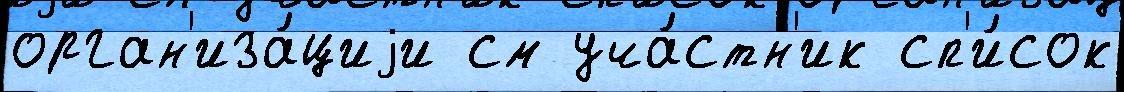
орган'иза́циjи см уча́стн'ик сп'и́сок